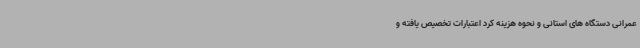
عمرانی دستگاه های استانی و نحوه هزینه کرد اعتبارات تخصیص یافته و